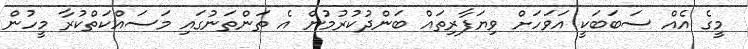
މީގެ އެއް ސަބަބަކީ އަވަހަށް ވިޔަފާރިތައް ބަންދުކުރުމުން އެ ތަންތަނުގައި މަސައްކަތްކުރާ މީހުން